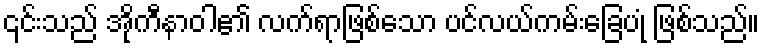
၎င်းသည် အိုကီနာဝါ၏ လက်ရာဖြစ်သော ပင်လယ်ကမ်းခြေပုံ ဖြစ်သည်။